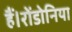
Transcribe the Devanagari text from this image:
हैं।रोंडोनिया